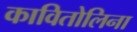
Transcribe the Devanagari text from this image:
कावितोलिना